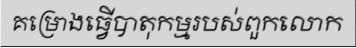
គម្រោងធ្វើបាតុកម្មរបស់ពួកលោក